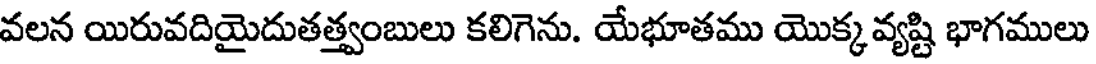
వలన యిరువదియైదుతత్త్వంబులు కలిగెను. యేభూతము యొక్కవ్యష్టి భాగములు